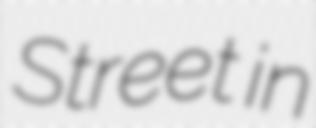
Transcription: Street in